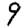
Digit: 9